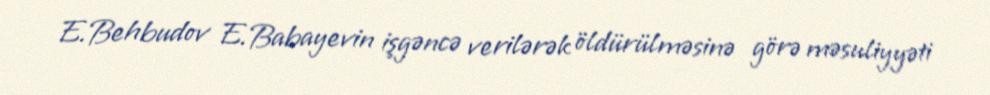
E.Behbudov E.Babayevin işgəncə verilərək öldürülməsinə görə məsuliyyəti